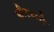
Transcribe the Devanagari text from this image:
क्रीटमध्ये